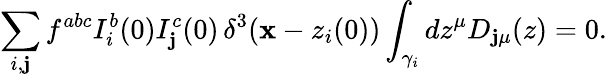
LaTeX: \sum_{i,\mathbf{j}}f^{abc}I_{i}^{b}(0)I_{\mathbf{j}}^{c}(0)\, \delta^{3}(\mathbf{x}-z_{i}(0))\int_{\gamma_{i}}dz^{\mu}D_{\mathbf{j}\mu}(z)=0.